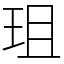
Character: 珇